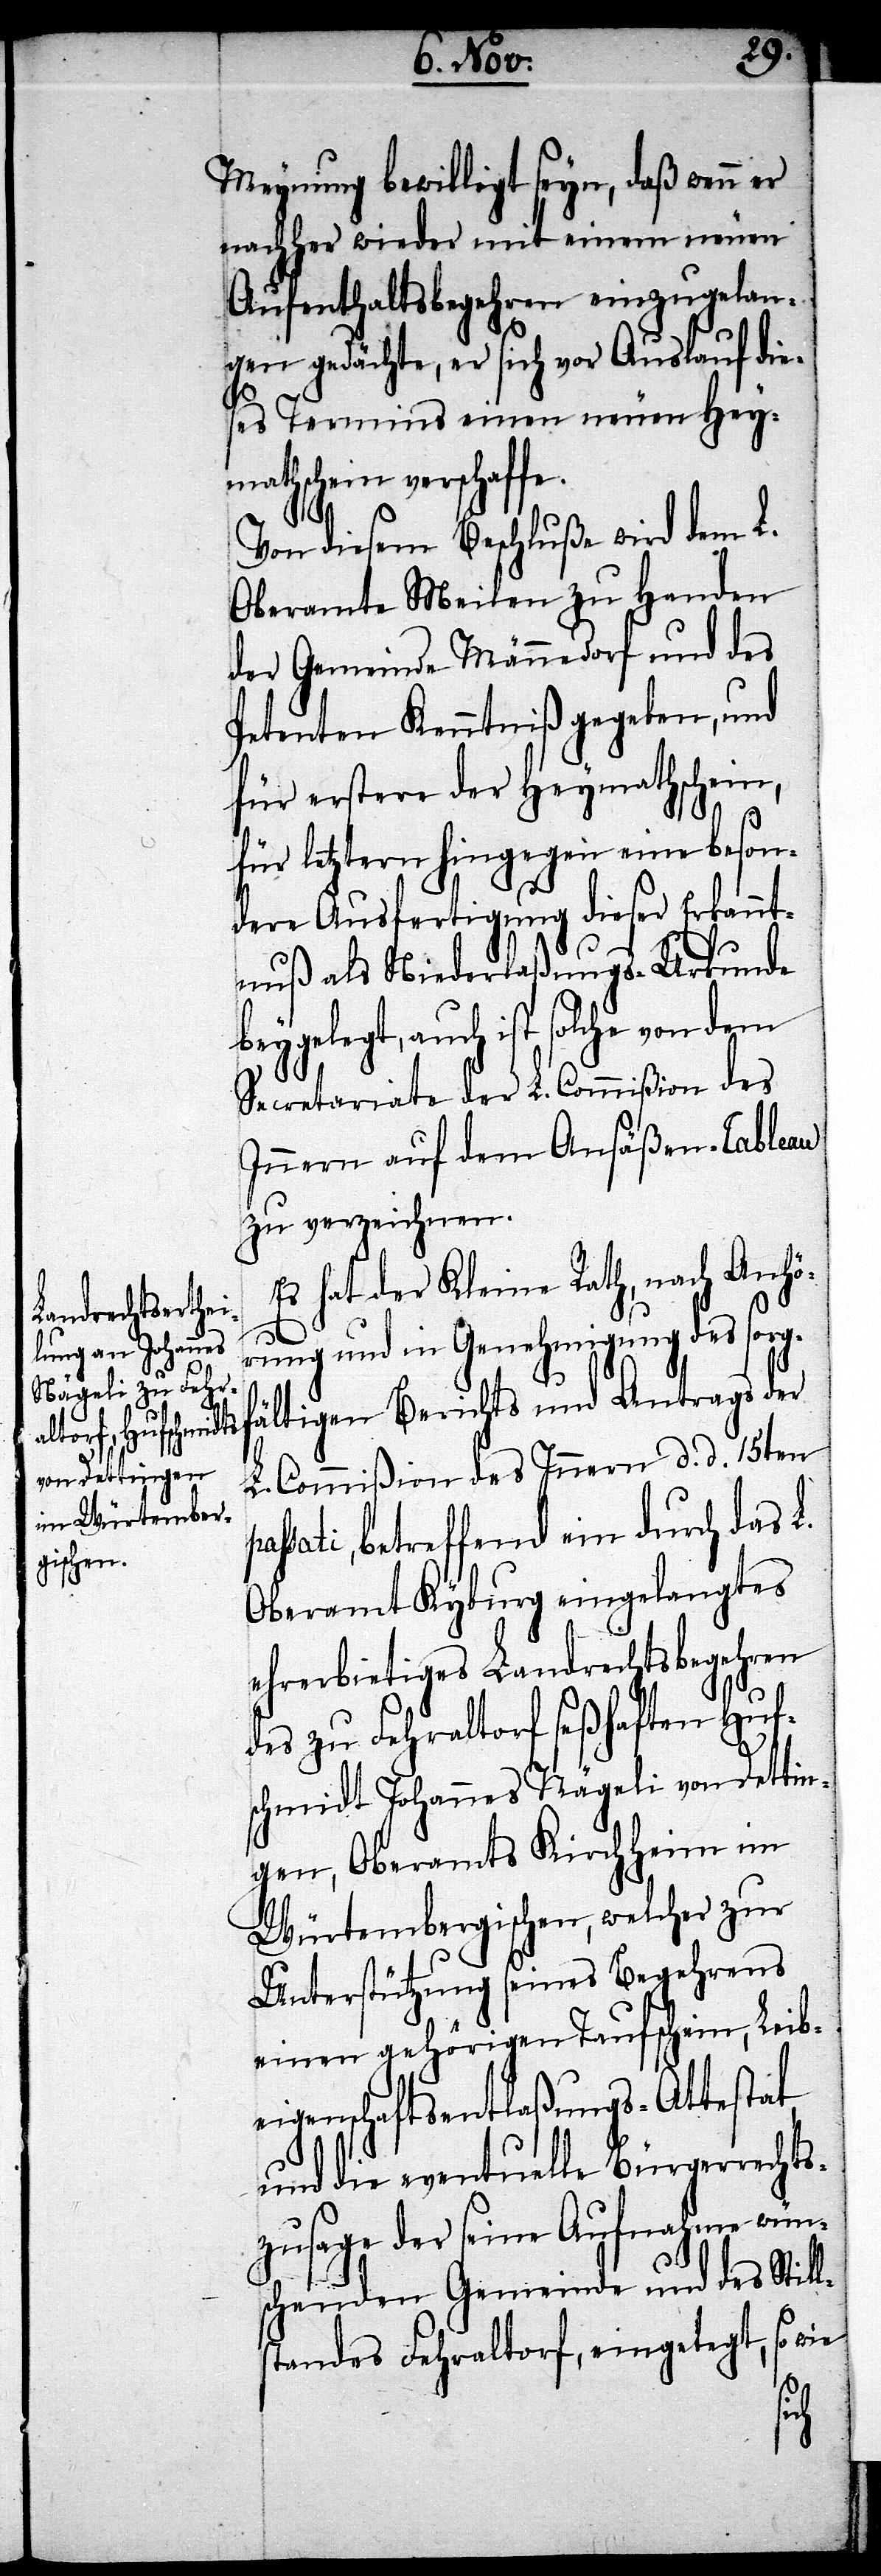
pas¬
Meynung bewilligt seyn, daß wenn er
nachher wieder mit einem neuen
Aufenthaltsbegehren einzugelan¬
gen gedächte, er sich vor Auslauf die¬
ses Termins einen neuen Hey¬
mathschein verschaffe.
Von diesem Beschluße wird dem L.
Oberamte Meilen zu Handen
der Gemeinde Männedorf und des
Petenten Kenntniß gegeben, und
für erstere der Heymathschein,
für letztern hingegen eine beson¬
dere Ausfertigung dieser Erkannt¬
nuß als Niederlaßungs-Urkunde
beygelegt, auch ist solche von dem
Secretariate der L. Commißion des
Innern auf dem Ansäßen-Tableau
zu verzeichnen.
Es hat der Kleine Rath, nach Anhö¬
rung und in Genehmigung des sorgf¬
ältigen Berichts und Antrags der
L. Commißion des Innern d. d. 15ten
sati, betreffend ein durch das L.
Oberamt Kyburg eingelangtes
ehrerbietiges Landrechtsbegehren
des zu Fehraltorf seßhaften Huf¬
schmidt Johannes Nägeli von Dettin¬
gen, Oberamts Kirchheim im
Würtembergischen, welches zur
Unterstützung seines Begehrens
einen gehörigen Taufschein, Leib¬
eigenschaftsentlaßungs-Attestat,
und die eventuelle Bürgerrechts¬
zusage der seine Aufnahme wüns¬
chenden Gemeinde und des Stil¬
tandes Fehraltorf, eingelegt, so wie
ls¬